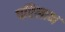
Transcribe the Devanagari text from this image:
परिलाभ